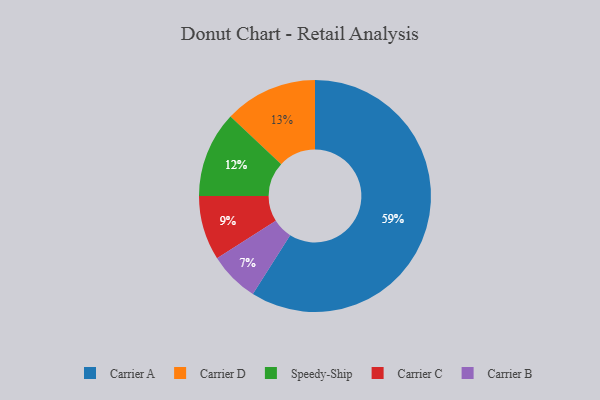
{"axis": {"x": "Category", "y": "Percentage"}, "legend": ["Carrier A", "Carrier B", "Carrier C", "Carrier D", "Speedy-Ship"], "data": [{"x": "Carrier A", "y": 59, "type": "Carrier A"}, {"x": "Carrier B", "y": 7, "type": "Carrier B"}, {"x": "Carrier D", "y": 13, "type": "Carrier D"}, {"x": "Speedy-Ship", "y": 12, "type": "Speedy-Ship"}, {"x": "Carrier C", "y": 9, "type": "Carrier C"}]}